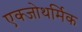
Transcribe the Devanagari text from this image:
एक्जोथर्मिक